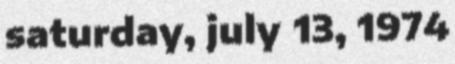
saturday, july 13, 1974